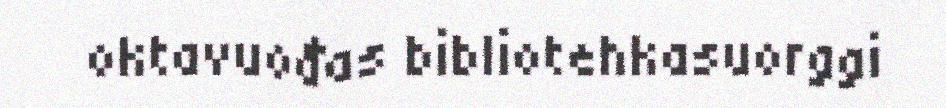
oktavuođas bibliotehkasuorggi